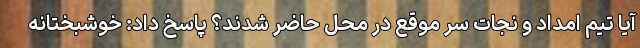
آیا تیم امداد و نجات سر موقع در محل حاضر شدند؟ پاسخ داد: خوشبختانه